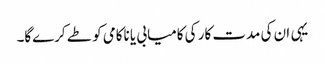
یہی ان کی مدت کار کی کامیابی یا ناکامی کو طے کرے‌گا۔